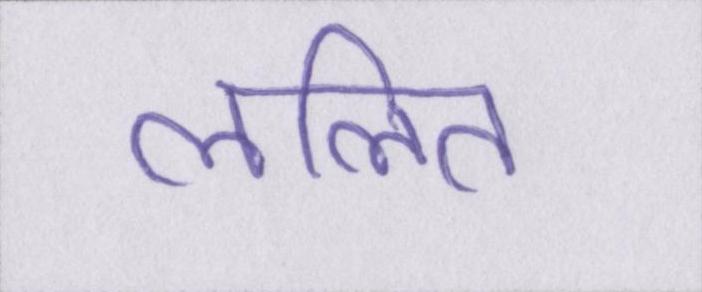
ललित